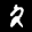
Label: 2